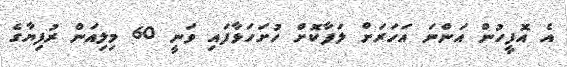
އެ އޮފީހުން އަންނަ އަހަރަށް ލަފާކޮށް ހުށަހަޅާފައި ވަނީ 60 މިލިއަން ރުފިޔާގެ